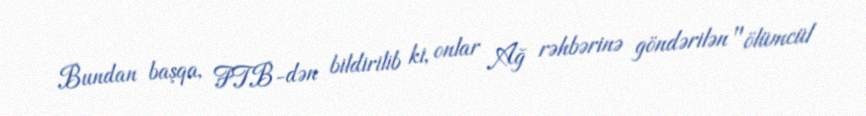
Bundan başqa, FTB-dən bildirilib ki, onlar Ağ rəhbərinə göndərilən "ölümcül